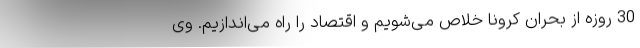
30 روزه از بحران کرونا خلاص می‌شویم و اقتصاد را راه می‌اندازیم. وی